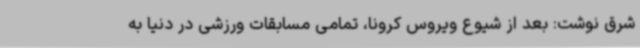
شرق نوشت: بعد از شیوع ویروس کرونا، تمامی مسابقات ورزشی در دنیا به